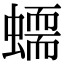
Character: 𧑮